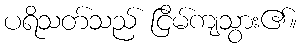
ပရိသတ်သည် ငြိမ်ကျသွား၏။